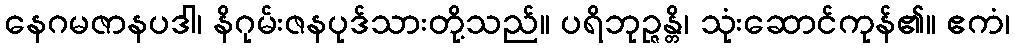
နေဂမဇာနပဒါ၊ နိဂုမ်းဇနပုဒ်သားတို့သည်။ ပရိဘုဉ္ဇန္တိ၊ သုံးဆောင်ကုန်၏။ ဧကံ၊